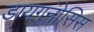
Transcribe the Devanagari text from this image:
डायगनोसिस